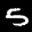
Label: 5